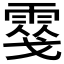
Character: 𩃢